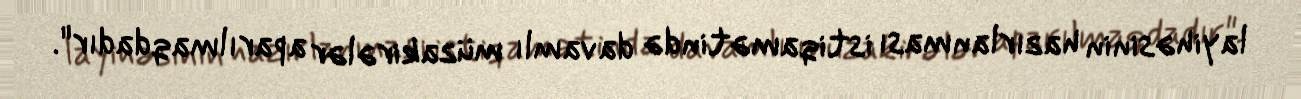
layihəsinin hazırlanması istiqamətində davamlı müzakirələr aparılmaqdadır".